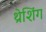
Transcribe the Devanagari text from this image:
थ्रेशिंग